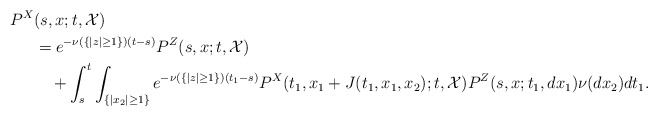
\begin{align*}P^X&(s,x;t,{\cal X})\\&=e^{-\nu(\{|z|\ge1\})(t-s)}P^Z(s,x;t,{\cal X})\\&\ \ \ +\int_{s}^t\int_{\{|x_2|\ge 1\}}e^{-\nu(\{|z|\ge1\})(t_1-s)}P^X(t_1,x_1+J(t_1,x_1,x_2);t,{\cal X})P^Z(s,x;t_1,dx_1)\nu(dx_2)dt_1.\end{align*}